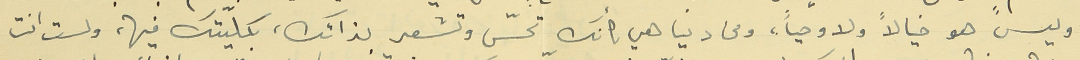
وليس هو خيالاً ولا وحياً، ومن دنيا هي كأنك تحسّ وتشعر بذاتك، بكلّيتك فيها، ولست انت